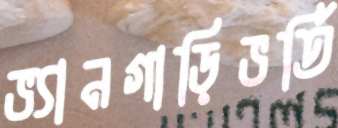
ভ্যানগাড়িভর্তি